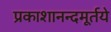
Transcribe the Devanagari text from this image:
प्रकाशानन्दमूर्तये